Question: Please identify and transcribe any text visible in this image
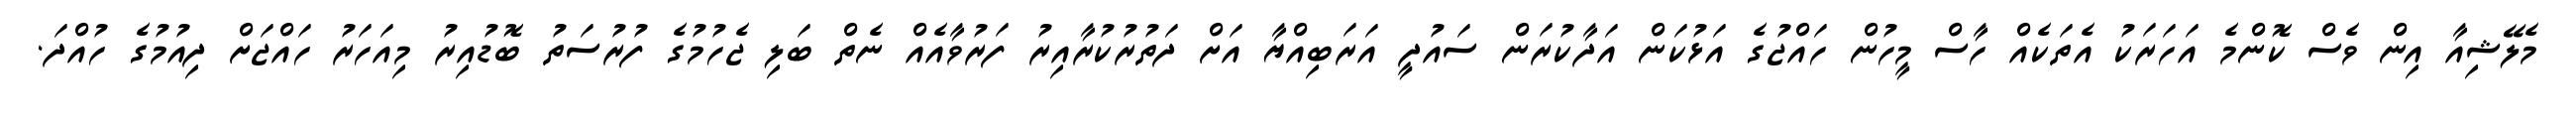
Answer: މެލޭޝިއާ އިން ވެސް ކޮންމެ އަހަރަކު އެތަކެއް ހާސް މީހުން ހައްޖުގެ އަޅުކަން އަދާކުރަން ސައުދީ އަރަބިއްޔާ އަށް ދަތުރުކުރާއިރު ފަރުވާއެއް ނެތް ބަލި ޖެހުމުގެ ފުރުސަތު ބޮޑުއިރު މިއަހަރު ހައްޖަށް ދިއުމުގެ ހުއްދަ.